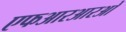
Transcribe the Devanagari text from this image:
एफआरआरओ